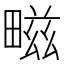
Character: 㽧